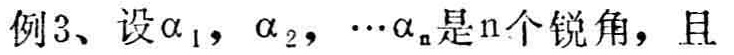
例3、设\(\alpha_{1},\alpha_{2},\cdots\alpha_{n}\)是\(n\)个锐角，且